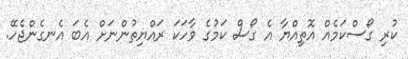
ކުރި ގޯސްކަމެއް އޮތިއްޔާ އެ ގޯސް ކަމުގެ ވާހަކަ ރައްޔިތުންނަށް އެބަ އެނގެންޖެހޭ.